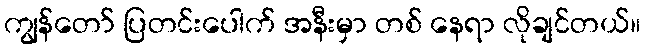
ကျွန်တော် ပြတင်းပေါက် အနီးမှာ တစ် နေရာ လိုချင်တယ်။